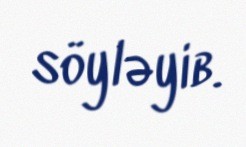
söyləyib.